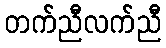
တက်ညီလက်ညီ